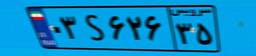
۲۷S۸۹۲۳۷